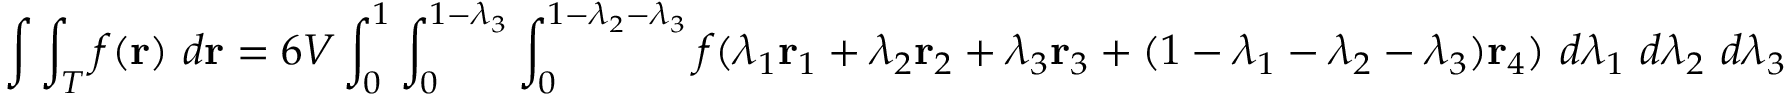
\int \int _ { T } f ( \mathbf { r } ) \ d \mathbf { r } = 6 V \int _ { 0 } ^ { 1 } \int _ { 0 } ^ { 1 - \lambda _ { 3 } } \int _ { 0 } ^ { 1 - \lambda _ { 2 } - \lambda _ { 3 } } f ( \lambda _ { 1 } \mathbf { r } _ { 1 } + \lambda _ { 2 } \mathbf { r } _ { 2 } + \lambda _ { 3 } \mathbf { r } _ { 3 } + ( 1 - \lambda _ { 1 } - \lambda _ { 2 } - \lambda _ { 3 } ) \mathbf { r } _ { 4 } ) \ d \lambda _ { 1 } \ d \lambda _ { 2 } \ d \lambda _ { 3 }